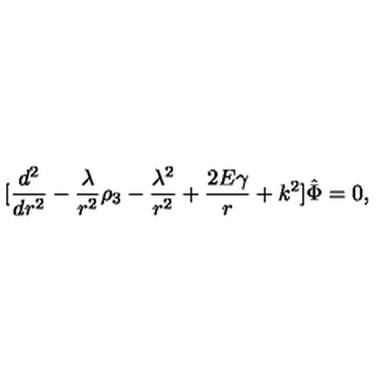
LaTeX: \lbrack { \frac { d ^ { 2 } } { d r ^ { 2 } } } - { \frac { \lambda } { r ^ { 2 } } } \rho _ { 3 } - { \frac { \lambda ^ { 2 } } { r ^ { 2 } } } + { \frac { 2 E \gamma } { r } } + k ^ { 2 } \rbrack \hat { \Phi } = 0 ,